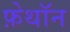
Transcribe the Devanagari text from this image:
फ़ेथॉन